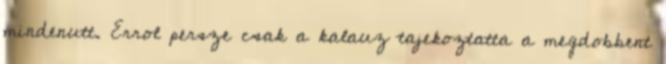
mindenutt. Errol persze csak a kalauz tajekoztatta a megdobbent